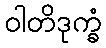
ဝါတိဒုက္ခံ